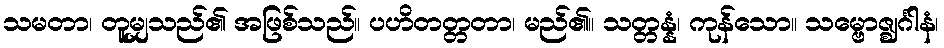
သမတာ၊ တူမျှသည်၏ အဖြစ်သည်။ ပဟိတတ္တတာ၊ မည်၏။ သတ္တန္နံ၊ ကုန်သော။ သမ္ဗောဇ္ဈင်္ဂါနံ၊